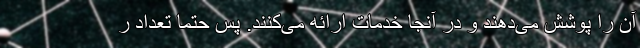
آن را پوشش می‌دهند و در آنجا خدمات ارائه می‌کنند. پس حتما تعداد ر